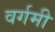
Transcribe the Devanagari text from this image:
वर्गमी